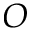
O